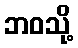
ဘဝသို့